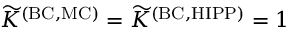
\widetilde { K } ^ { \mathrm { ( B C , M C ) } } = \widetilde { K } ^ { \mathrm { ( B C , H I P P ) } } = 1